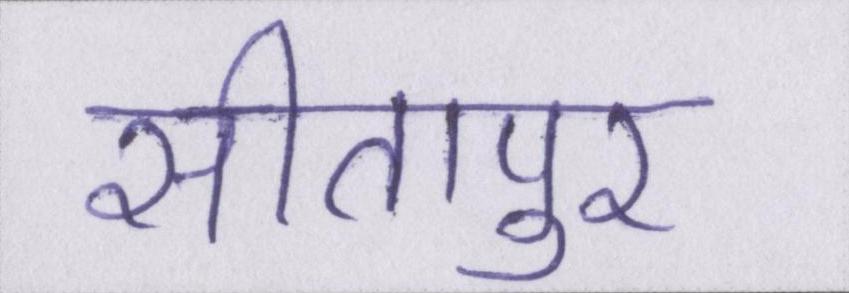
सीतापुर